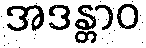
အဒန္တာဝ